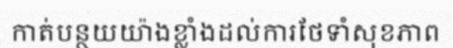
កាត់បន្ថយយ៉ាងខ្លាំងដល់ការថែទាំសុខភាព